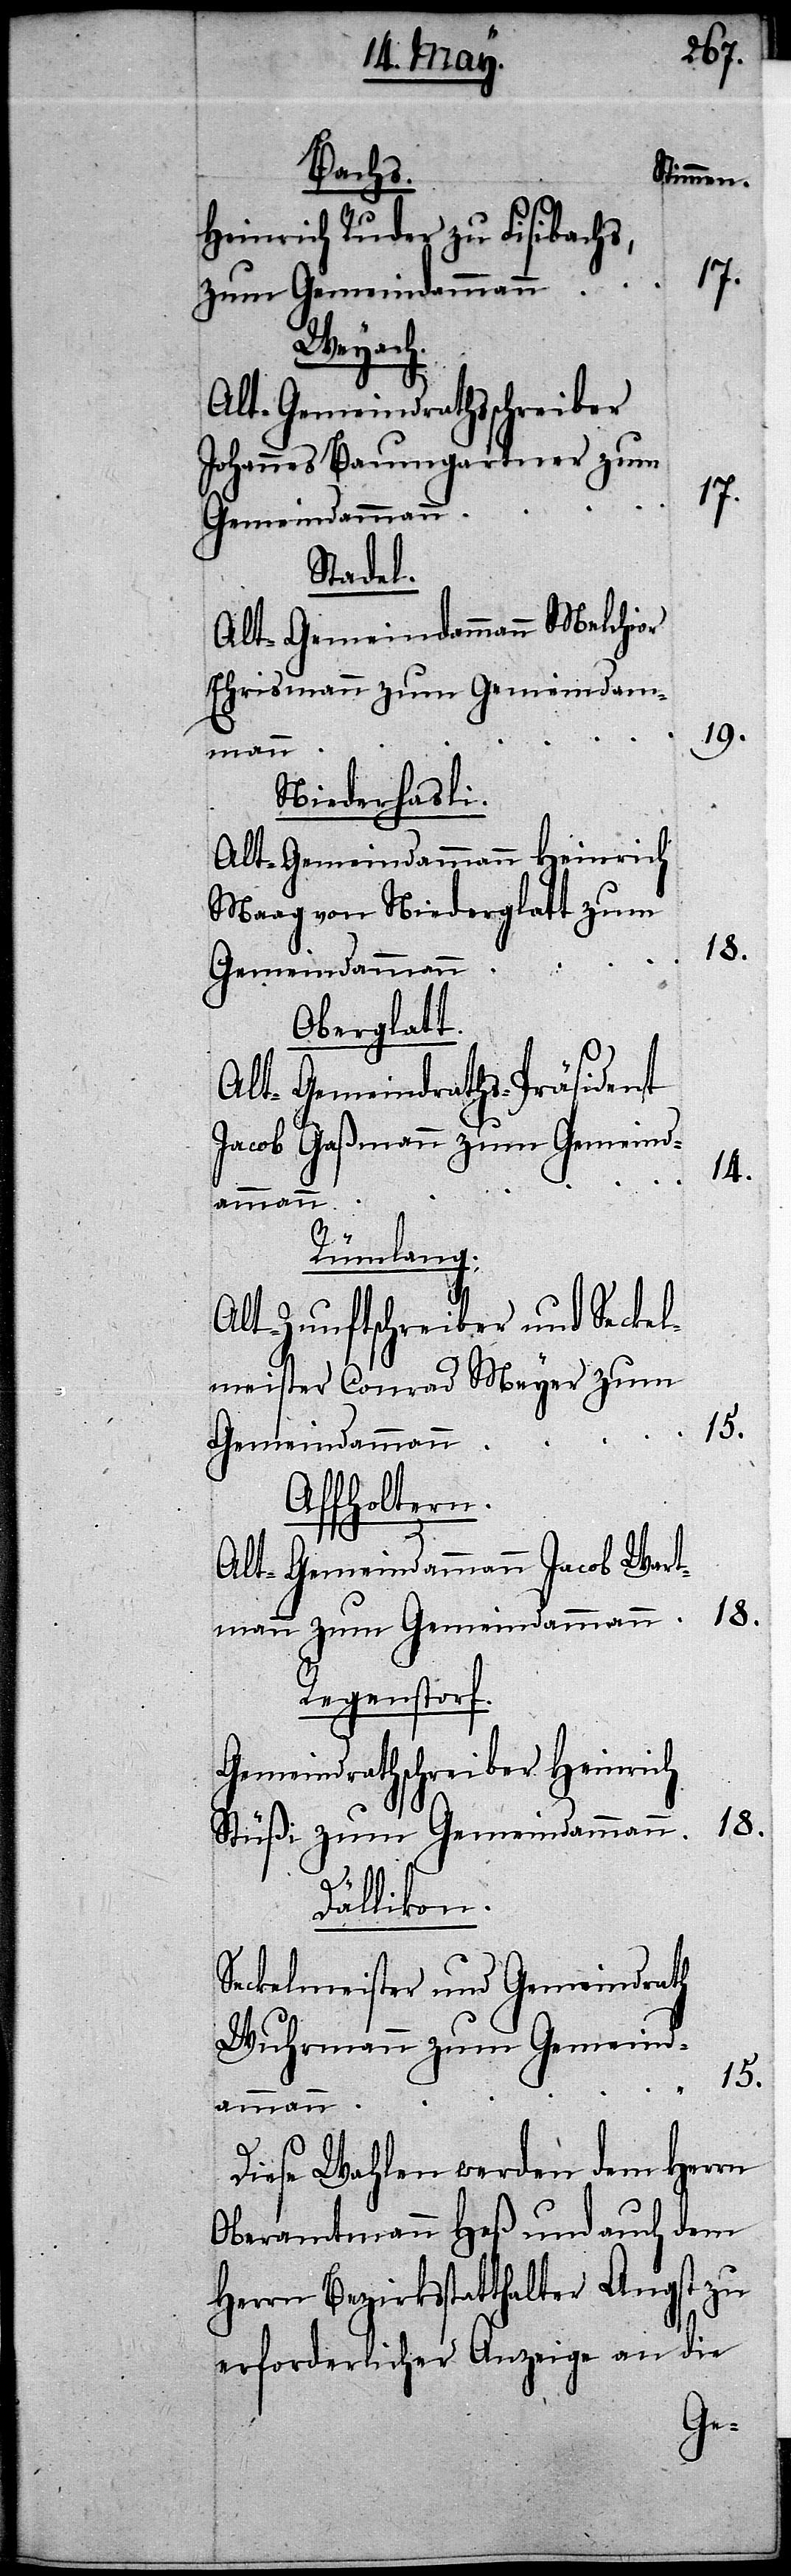
Bachs.
Stimmen.
Heinrich Ruder zu Fisibachs,
zum Gemeindammann
Weyach.
Alt-Gemeindrathsschreiber
Johannes Baumgartner zum
17.
Stadel.
Alt-Gemeindammann Melchior
Ehrismann zum Gemeindam¬
19.
mann
Niederhasli.
Alt-Gemeindammann Heinrich
Maag von Niederglatt zum
18.
Gemeindammann
Oberglatt.
Alt-Gemeindraths-Präsident
Jacob Gaßmann zum Gemeind¬
14.
ammann
Rümlang.
Alt-Zunftschreiber und Seckel¬
meister Conrad Meyer zum
Affholtern.
Alt-Gemeindammann Jacob Wart¬
Dällikon.
Seckelmeister und Gemeindrath
Wuhrmann zum Gemeind¬
15.
Diese Wahlen werden dem Herrn
Oberamtmann Heß auch dem
Herrn Bezirksstatthalter Angst zu
erforderlicher Anzeige an die